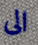
الى